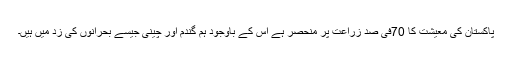
پاکستان کی معیشت کا 70فی صد زراعت پر منحصر ہے اس کے باوجود ہم گندم اور چینی جیسے بحرانوں کی زد میں ہیں۔